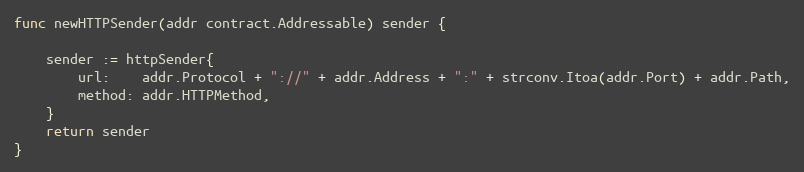
Language: Go
func newHTTPSender(addr contract.Addressable) sender {

	sender := httpSender{
		url:    addr.Protocol + "://" + addr.Address + ":" + strconv.Itoa(addr.Port) + addr.Path,
		method: addr.HTTPMethod,
	}
	return sender
}